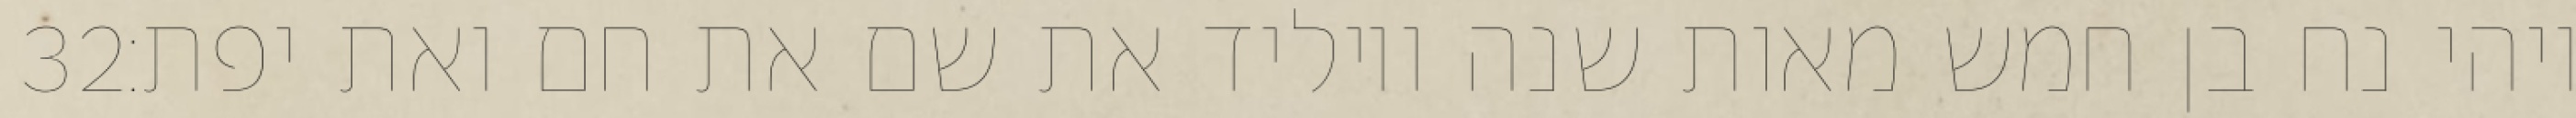
‎32‏ ויהי נח בן חמש מאות שנה ויוליד את שם את חם ואת יפת׃